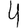
Digit: 4